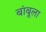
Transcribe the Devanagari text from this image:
बांबूला